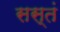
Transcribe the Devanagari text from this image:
सस्तं